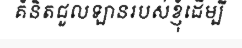
គំនិតជួលឡានរបស់ខ្ញុំដើម្បី